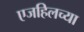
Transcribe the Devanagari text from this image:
एजहिलच्या